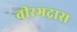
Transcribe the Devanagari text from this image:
वीरभद्रास